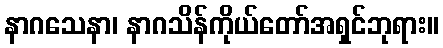
နာဂသေနာ၊ နာဂသိန်ကိုယ်တော်အရှင်ဘုရား။